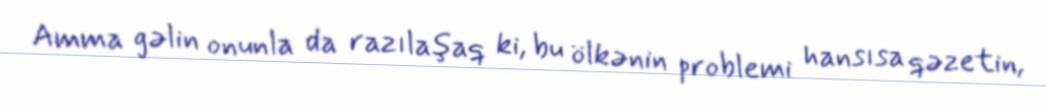
Amma gəlin onunla da razılaşaq ki, bu ölkənin problemi hansısa qəzetin,